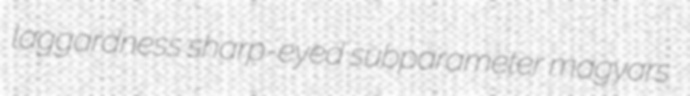
laggardness sharp-eyed subparameter magyars